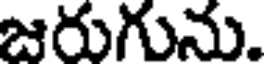
జరుగును.